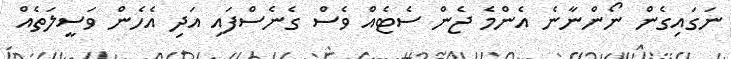
ނަގައިގެން ނޯންނާނެ އެންމެ ޖެން ސެޓެއް ވެސް ގެނެސްފައި އަދި އެހެން ވަސީލަތެއް